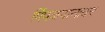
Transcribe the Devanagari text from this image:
पिंपळपानावर